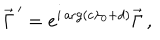
LaTeX: \vec { \Gamma } ^ { \, \prime } = e ^ { i \arg ( c \lambda _ { 0 } + d ) } \vec { \Gamma } \, ,